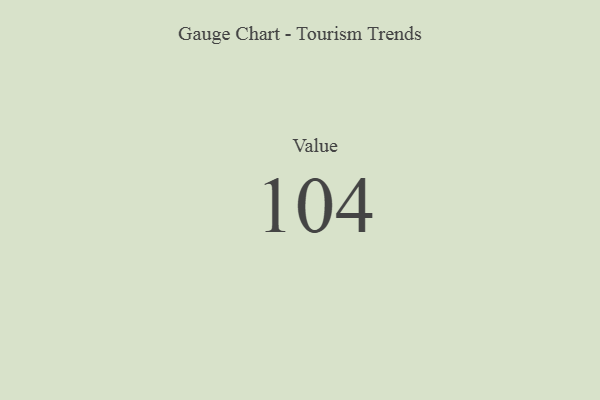
{"axis": {"x": "Metric", "y": "Value"}, "legend": [""], "data": [{"x": "Value", "y": 104, "type": ""}]}